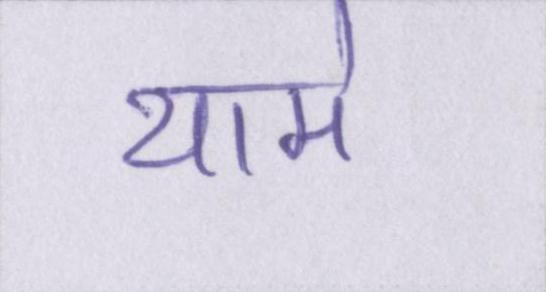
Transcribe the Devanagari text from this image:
थामे